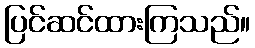
ပြင်ဆင်ထားကြသည်။